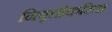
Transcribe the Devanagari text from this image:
निवृत्तीकरिता